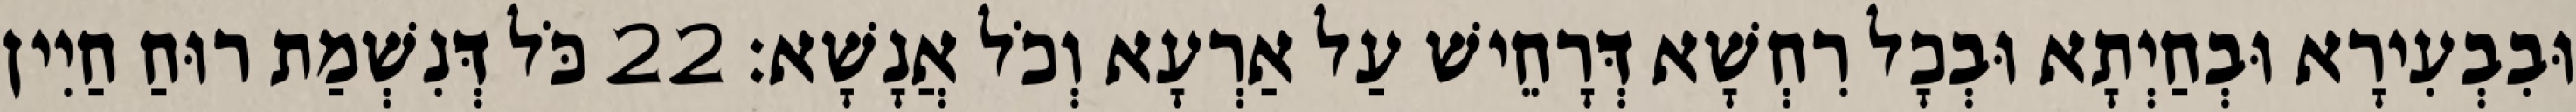
וּבִבְעִירָא וּבְחַיְתָא וּבְכָל רִחְשָׁא דְּרָחֵישׁ עַל אַרְעָא וְכֹל אֲנָשָׁא׃ 22 כֹּל דְּנִשְׁמַת רוּחַ חַיִין